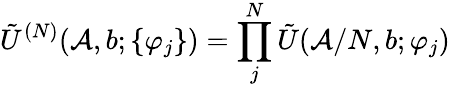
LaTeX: \tilde{U}^{(N)}(\mathcal{A},b;\{ \varphi_{j}\} )=\prod_{j}^{N}\tilde{U}(\mathcal{A}/N,b;\varphi_{j})